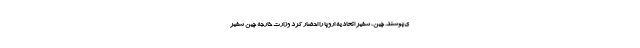
ی‌پوشند. چین، سفیر اتحادیه اروپا را احضار کرد وزارت خارجه چین سفیر